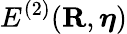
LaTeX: E^{(2)}({\mathbf R},{\boldsymbol\eta})